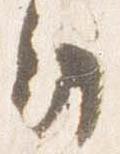
日